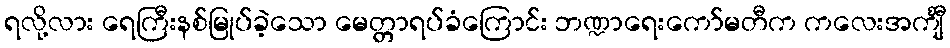
ရလို့လား ရေကြီးနစ်မြုပ်ခဲ့သော မေတ္တာရပ်ခံကြောင်း ဘဏ္ဍာရေးကော်မတီက ကလေးအင်္ကျီ